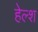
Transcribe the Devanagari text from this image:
हेल्श